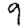
Digit: 9